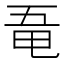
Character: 𠄲